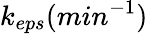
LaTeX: k_{eps}(min^{-1})